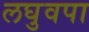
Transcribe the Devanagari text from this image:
लघुवपा